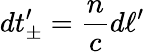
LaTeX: dt_{\pm}^{\prime}={\frac{n}{c}}d\ell^{\prime}